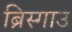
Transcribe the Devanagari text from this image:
ब्रिस्गाउ